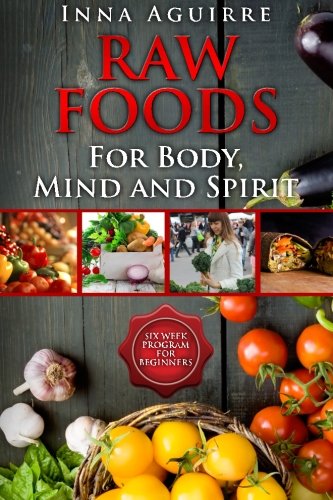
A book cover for Raw Foods For Body, Mind And Spirit: Six Week Program For Beginners: 42 recipes included, no dehydrator needed, no complex techniques; Inna Aguirre; Cookbooks, Food & Wine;